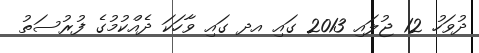
ދުވަހު 12 ޖުލައި 2013 ގައި އދ ގައި ވާހަކަ ދެއްކުމުގެ ފުރުސަތު